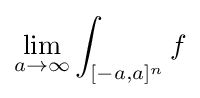
\lim _{a\to \infty }\int _{[-a,a]^{n}}f